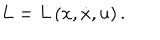
L = L \left( x , \dot { x } , u \right) .